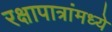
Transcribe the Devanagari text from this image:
रक्षापात्रांमध्ये